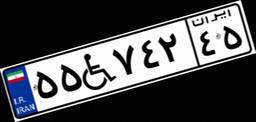
۵۵W۷۴۲۴۵